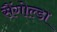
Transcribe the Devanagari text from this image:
सैंगोल्डा